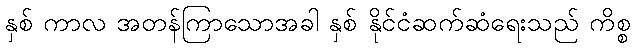
နှစ် ကာလ အတန်ကြာသောအခါ နှစ် နိုင်ငံဆက်ဆံရေးသည် ကိစ္စ